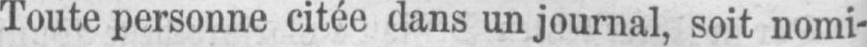
Toute personne citée dans un journal, soit nomi-